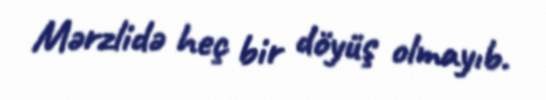
Mərzlidə heç bir döyüş olmayıb.